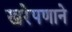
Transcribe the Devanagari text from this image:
खरेपणाने